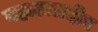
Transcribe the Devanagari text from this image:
बहाउालदीन